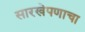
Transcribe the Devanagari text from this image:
सारखेपणाचा